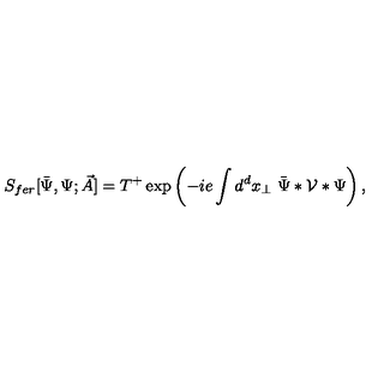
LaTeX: S _ { f e r } [ \bar { \Psi } , \Psi ; \vec { A } ] = T ^ { + } \exp \left( - i e \int d ^ { d } x _ { \perp } \ \bar { \Psi } \ast { \cal V } \ast \Psi \right) ,